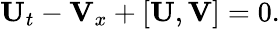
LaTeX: \begin{array}{r}{\mathbf{U}_{t}-\mathbf{V}_{x}+[\mathbf{U},\mathbf{V}]=0.}\end{array}